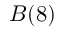
B ( 8 )